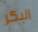
البكر